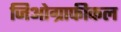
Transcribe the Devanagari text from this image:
जिओग्राफीकल